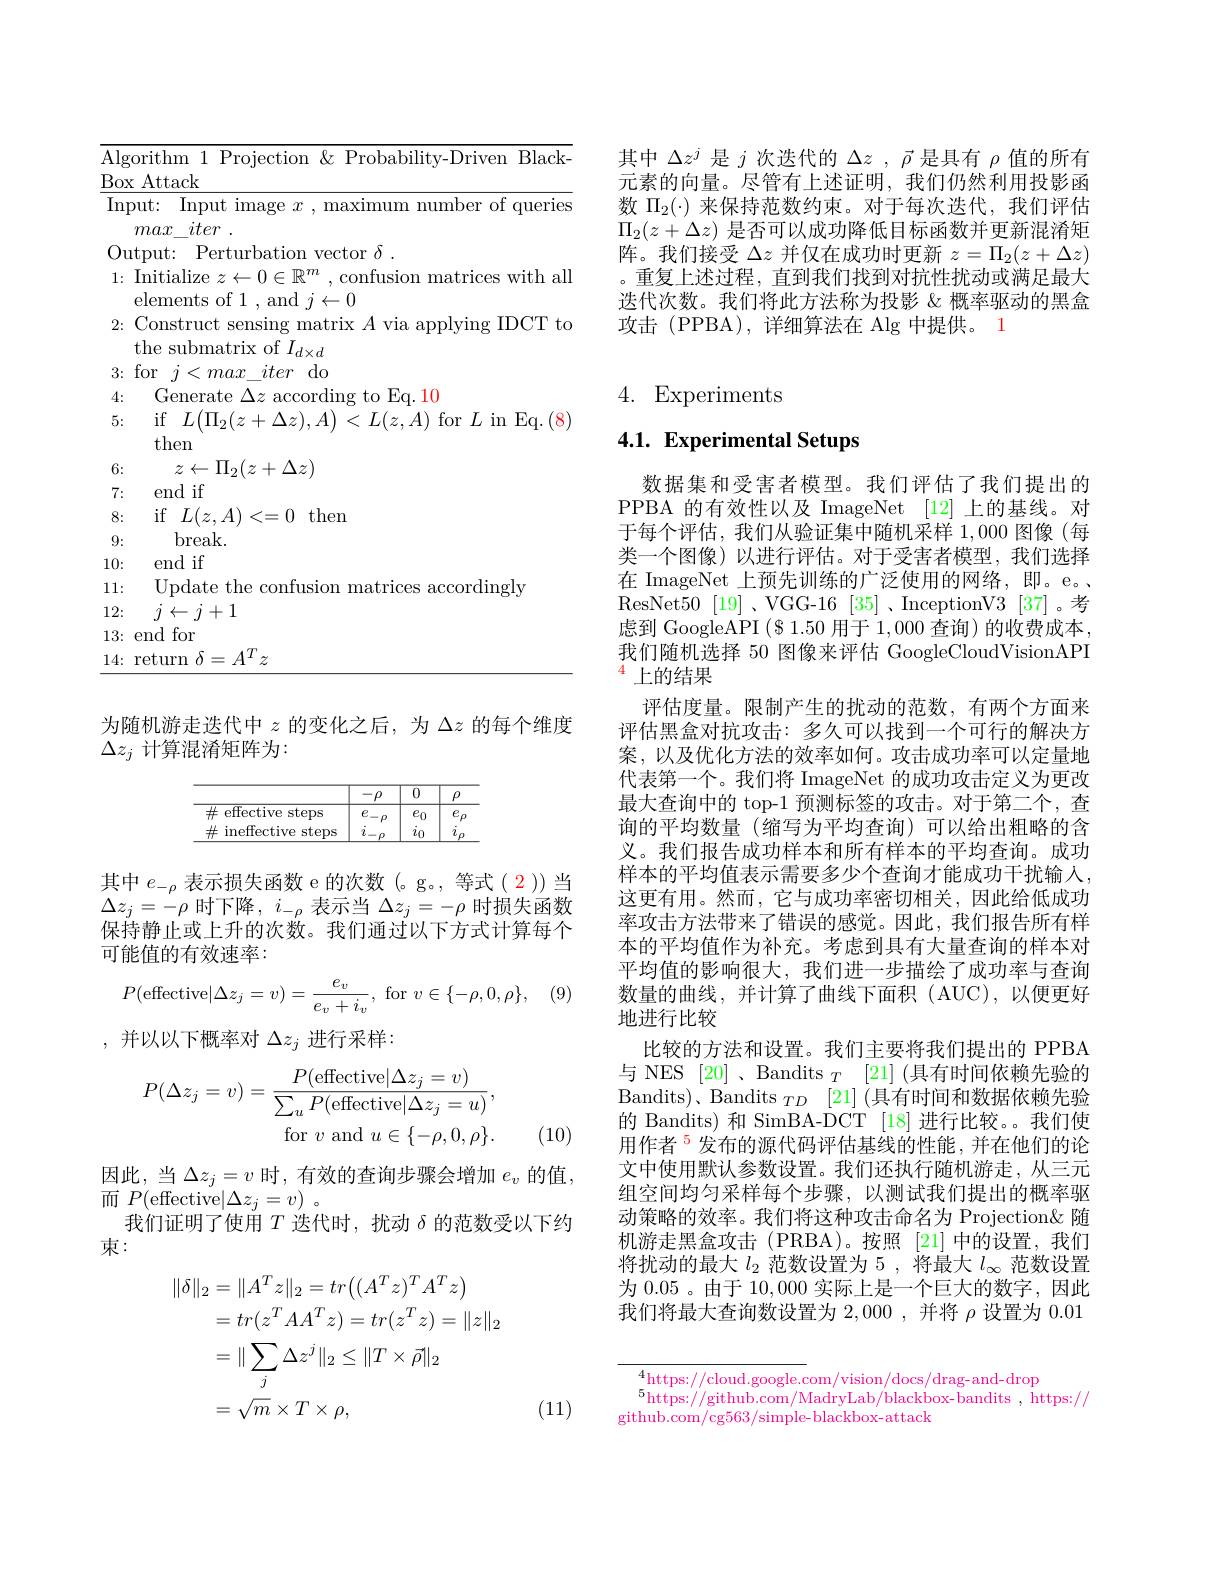
其中$\Delta z^{j}$是$j$次迭代的$\Delta z$ , $\vec{\rho}$是具有$\rho$值的所有元素的向量。尽管有上述证明，我们仍然利用投影函数$\Pi_2(\cdot)$来保持范数约束。对于每次迭代，我们评估$\Pi_2(z+\Delta z)$是否可以成功降低目标函数并更新混淆矩阵。我们接受$\Delta z$并仅在成功时更新$z=\Pi_2(z+\Delta z)$ 。重复上述过程，直到我们找到对抗性扰动或满足最大迭代次数。我们将此方法称为投影 &概率驱动的黑盒攻击 (PPBA),详细算法在 Alg 中提供。1

<table>
	<tbody>
		<tr>
			<td>Alg 1 1 1</td>
			<td>Black t.hm Prnr $-1r1ver$</td>
		</tr>
		<tr>
			<td>Box</td>
			<td>Attack</td>
		</tr>
		<tr>
			<td>InI</td>
			<td>ut: Input image $x$ , maximum number of querie $max\_ iter$ .</td>
		</tr>
		<tr>
			<td> </td>
			<td> $\delta$</td>
		</tr>
		<tr>
			<td>V 1:</td>
			<td>Initialize $z\leftarrow 0\in \mathbb{R} ^{m}$ $^{ı }$ ,confusion matrices with ali lements of 1 and $i\leftarrow \int$</td>
		</tr>
		<tr>
			<td>2:</td>
			<td>Construct sensing matrix $A$ via applying IDCT to</td>
		</tr>
		<tr>
			<td>9</td>
			<td>$d\times d$</td>
		</tr>
		<tr>
			<td>$\upsilon.$ $A$</td>
			<td> </td>
		</tr>
		<tr>
			<td>5:</td>
			<td>if$L\left(\Pi_{2}(z+\Delta z),A\right)<L(z,A)$ for$L$ in Eq.(8</td>
		</tr>
		<tr>
			<td>6:</td>
			<td>$\leftarrow\Pi_{2}(z+\Delta z)$ 7</td>
		</tr>
		<tr>
			<td></td>
			<td>end if</td>
		</tr>
		<tr>
			<td>8:</td>
			<td>if $L(z,A)$ $\zeta=0$ then </td>
		</tr>
		<tr>
			<td>9:</td>
			<td>break.</td>
		</tr>
		<tr>
			<td>10:</td>
			<td>end if</td>
		</tr>
		<tr>
			<td>11: 1</td>
			<td> $\mathbf{t}_{\mathrm{he}}$ $\operatorname{accordinglv}$ misic 1.1.1.2.1.2.</td>
		</tr>
		<tr>
			<td>12:</td>
			<td>$j\leftarrow j+1$</td>
		</tr>
		<tr>
			<td>13:</td>
			<td>end for</td>
		</tr>
		<tr>
			<td>1 1</td>
			<td></td>
		</tr>
	</tbody>
</table>

为随机游走迭代中$z$的变化之后，为$\Delta z$的每个维度
$\Delta z_j$计算混淆矩阵为：
$$\begin{array}{c|c|c|c}\hline\\\hline\#\text{effective steps}&e_{-\rho}&e_0&e_\rho\\\#\text{ineffective steps}&i_{-\rho}&i_0&i_\rho\\\hline\end{array}$$
其中$e_{-\rho}$表示损失函数 e 的次数(。g。,等式(2))当$\Delta z_j=-\rho$时下降，$i_-\rho$表示当$\Delta z_j=-\rho$时损失函数保持静止或上升的次数。我们通过以下方式计算每个可能值的有效速率：
$$P(\text{effective}|\Delta z_j=v)=\frac{e_v}{e_v+i_v},\:\text{for}\:v\in\{-\rho,0,\rho\},$$
,并以以下概率对$\Delta z_j$进行采样：
$$\begin{aligned}P(\Delta z_j=v)=\frac{P(\text{effective}|\Delta z_j=v)}{\sum_uP(\text{effective}|\Delta z_j=u)},\\\text{for}\:v\:\text{and}\:u\in\{-\rho,0,\rho\}.\end{aligned}$$
(10)

因此，当$\Delta z_j=v$时，有效的查询步骤会增加$e_v$的值，
而$P($effective$|\Delta z_j=v)$ 。
我们证明了使用$T$迭代时，扰动$\delta$的范数受以下约
束：
$$\begin{aligned}\|\delta\|_{2}&=\|A^{T}z\|_{2}=tr\big((A^{T}z)^{T}A^{T}z\big)\\&=tr(z^{T}AA^{T}z)=tr(z^{T}z)=\|z\|_{2}\\&=\|\sum_{j}\Delta z^{j}\|_{2}\leq\|T\times\vec{\rho}\|_{2}\\&=\sqrt{m}\times T\times\rho,\end{aligned}$$
(11)

# 4. Experiments

# 4.1. Experimental Setups

我们随机选择 50 图像来评估 GoogleCloudVisionAPI
$^{4}$上的结果

数据集和受害者模型。我们评估了我们提出的PPBA 的有效性以及 ImageNet [12] 上的基线。对于每个评估，我们从验证集中随机采样 1,000 图像(每类一个图像)以进行评估。对于受害者模型，我们选择在 ImageNet 上预先训练的广泛使用的网络，即。e。、 ResNet50[19]、VGG-16[35]、InceptionV3[37]。考虑到 GoogleAPI $(\$1.50$用于1，000查询)的收费成本，
评估度量。限制产生的扰动的范数，有两个方面来评估黑盒对抗攻击：多久可以找到一个可行的解决方案，以及优化方法的效率如何。攻击成功率可以定量地代表第一个。我们将 ImageNet 的成功攻击定义为更改最大查询中的 top-1 预测标签的攻击。对于第二个，查询的平均数量(缩写为平均查询)可以给出粗略的含义。我们报告成功样本和所有样本的平均查询。成功样本的平均值表示需要多少个查询才能成功干扰输人， 这更有用。然而，它与成功率密切相关，因此给低成功率攻击方法带来了错误的感觉。因此，我们报告所有样本的平均值作为补充。考虑到具有大量查询的样本对平均值的影响很大，我们进一步描绘了成功率与查询数量的曲线，并计算了曲线下面积(AUC),以便更好地进行比较
比较的方法和设置。我们主要将我们提出的 PPBA 与 NES [20] , Bandits $_T$ [21] (具有时间依赖先验的Bandits)、Bandits $_{TD}$ [21] (具有时间和数据依赖先验的 Bandits) 和 SimBA-DCT [18] 进行比较。。我们使用作者$^{5}$发布的源代码评估基线的性能，并在他们的论文中使用默认参数设置。我们还执行随机游走，从三元组空间均匀采样每个步骤，以测试我们提出的概率驱动策略的效率。我们将这种攻击命名为 Projection&随机游走黑盒攻击 (PRBA)。按照[21]中的设置，我们将扰动的最大$l_2$范数设置为 5 , 将最大$l_\infty$范数设置为 0.05。由于 10,000 实际上是一个巨大的数字，因此我们将最大查询数设置为 2,000 , 并将$\rho$设置为0.01

$^{4}$https://cloud.google.com/vision/docs/drag-and-drop
$\begin{aligned}5\text{https:}//\text{github.com/MadryLab/blackbox-bandits , https:}//\end{aligned}$
github.com/cg563/simple-blackbox-attack